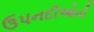
ઉપનદીઓની